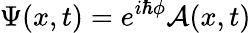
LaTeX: \Psi(x,t)=e^{i\hbar\phi}\mathcal{A}(x,t)